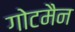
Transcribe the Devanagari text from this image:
गोटमैन